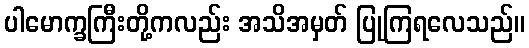
ပါမောက္ခကြီးတို့ကလည်း အသိအမှတ် ပြုကြရလေသည်။